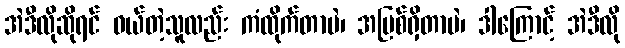
အဲဒီလိုဆိုရင် ဝယ်တဲ့သူလည်း ကံထိုက်တာပဲ၊ အပြစ်ရှိတာပဲ၊ ဒါကြောင့် အဲဒီလို